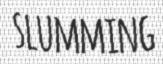
SLUMMING